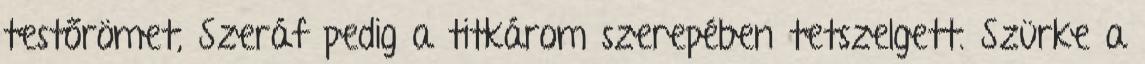
testőrömet, Szeráf pedig a titkárom szerepében tetszelgett. Szürke a